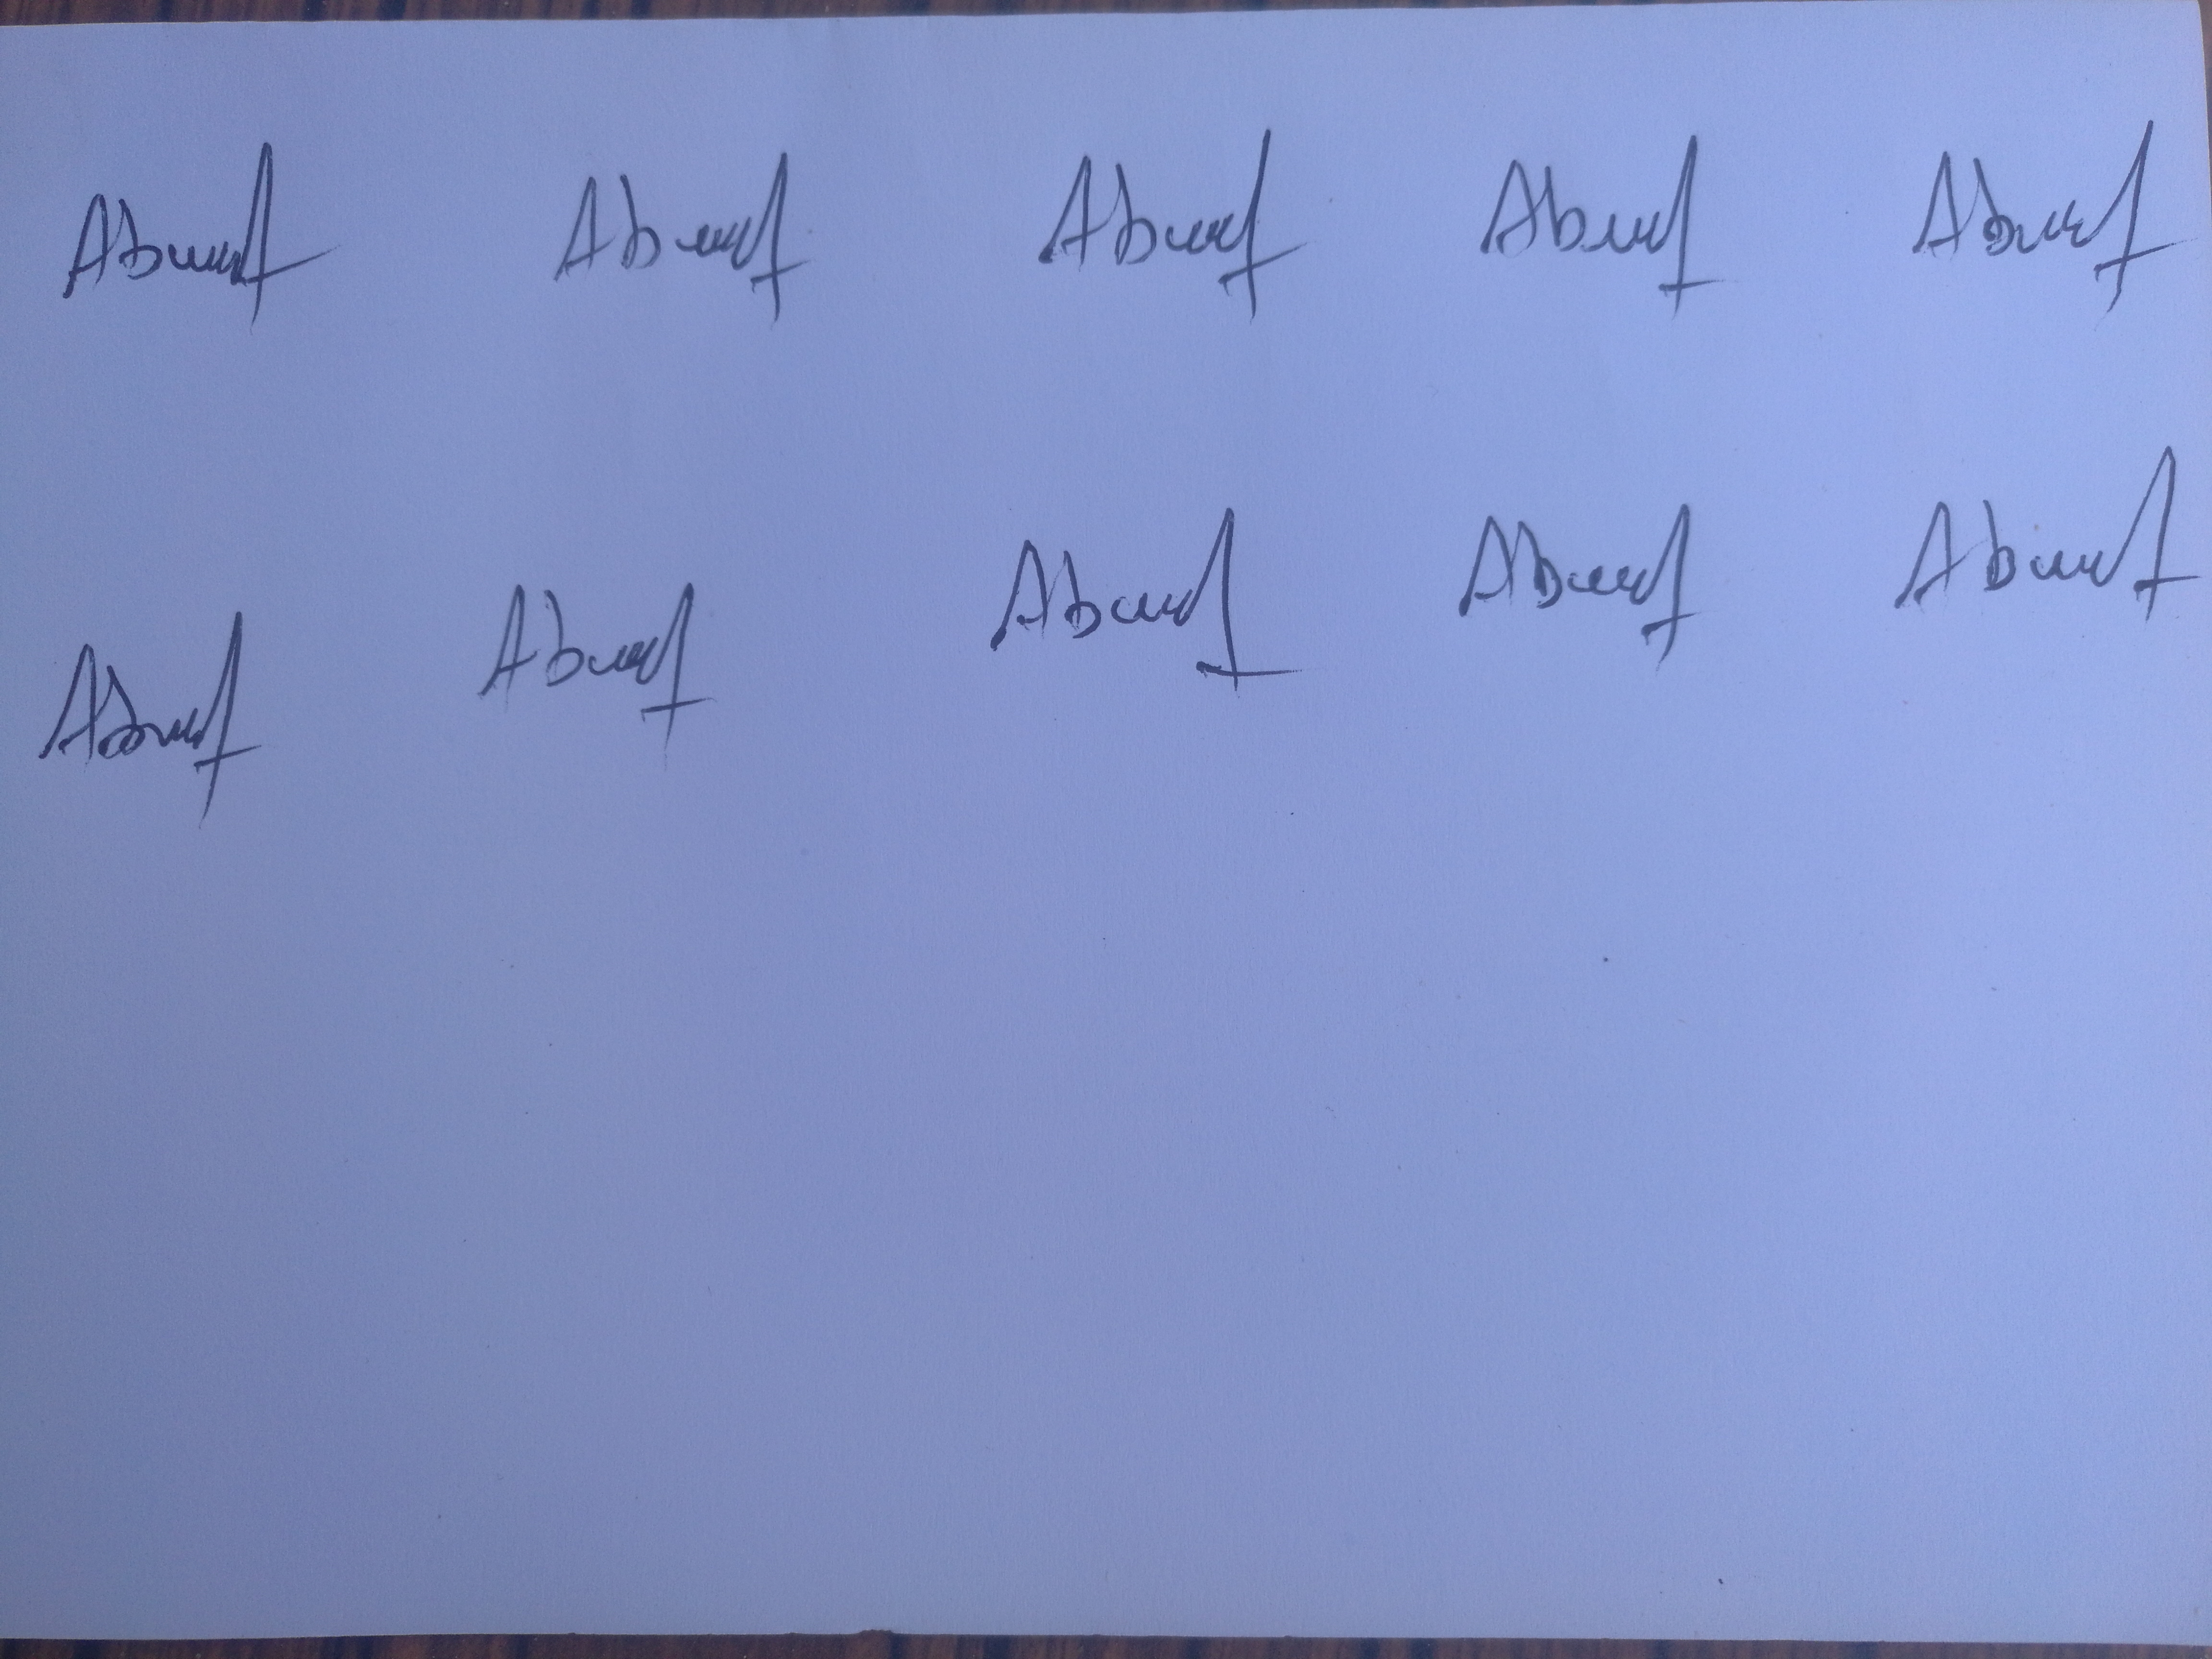
Signature authenticity: forged